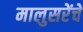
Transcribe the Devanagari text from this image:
मालुसरेंचे